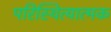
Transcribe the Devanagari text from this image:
परिस्थित्यात्मक